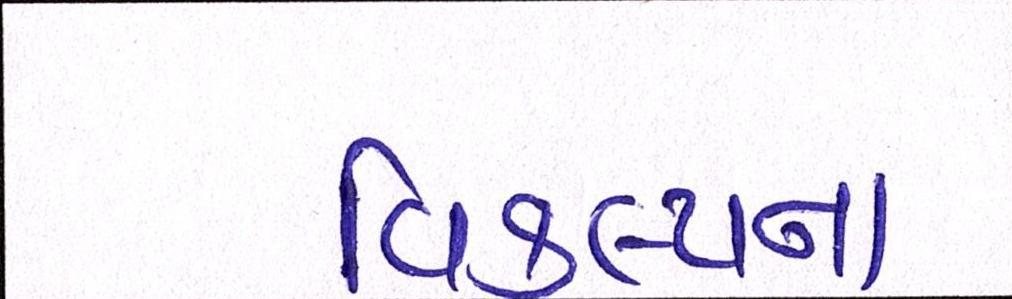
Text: વિકલ્પના